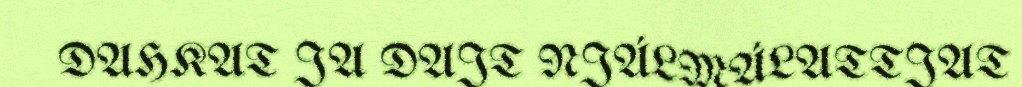
DAHKAT JA DAJT NJÁLMÁLATTJAT